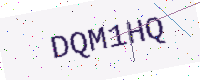
Text: DQM1HQ